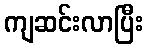
ကျဆင်းလာပြီး